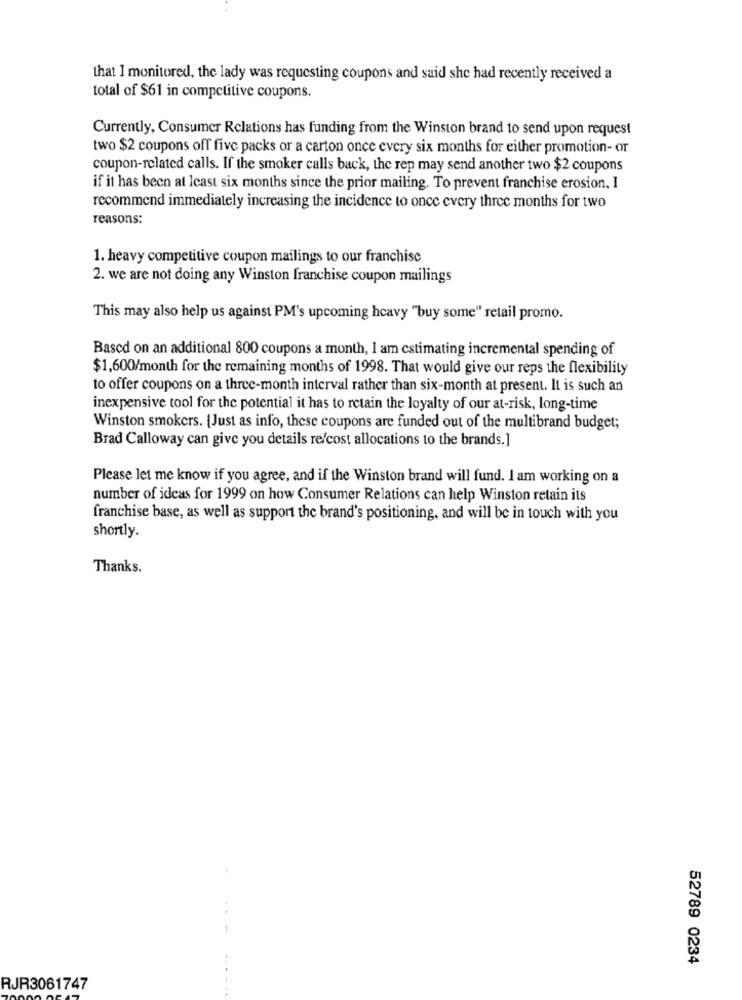
that I monitored, the lady was requesting coupons and said she had recently received a
total of $61 in competitive coupons.
Currently, Consumer Relations has funding from the Winston brand to send upon request
two $2 coupons off five packs or a carton once every six months for either promotion- or
coupon-related calls. If the smoker calls back, the rep may send another two $2 coupons
if it has been at least six months since the prior mailing. To prevent franchise erosion, I
recommend immediately increasing the incidence to once every three months for two
reasons:
1. heavy competitive coupon mailings to our franchise
2. we are not doing any Winston franchise coupon mailings
This may also help us against PM's upcoming heavy "buy some" retail promo.
Based on an additional 800 coupons a month, I am estimating incremental spending of
$1,600/month for the remaining months of 1998. That would give our reps the flexibility
to offer coupons on a three-month interval rather than six-month at present. It is such an
inexpensive tool for the potential it has to retain the loyalty of our at-risk, long-time
Winston smokers. [Just as info, these coupons are funded out of the multibrand budget;
Brad Calloway can give you details re/cost allocations to the brands.]
Please let me know if you agree, and if the Winston brand will fund. I am working on a
number of ideas for 1999 on how Consumer Relations can help Winston retain its
franchise base, as well as support the brand's positioning, and will be in touch with you
shortly.
Thanks.
52789 0234
RJR3061747